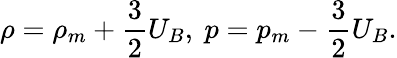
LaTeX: \rho=\rho_{m}+\frac{3}{2}U_{B},\ p=p_{m}-\frac{3}{2}U_{B}.